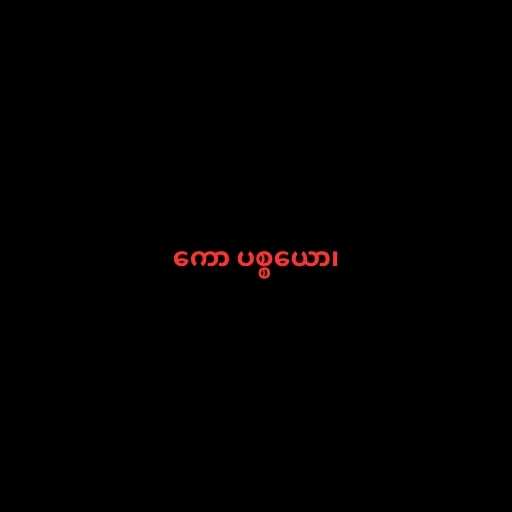
ကော ပစ္စယော၊